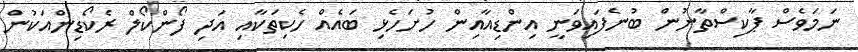
ނަމަވެސް ޕާކިސްތާނުން ބުނެފައިވަނީ އިންޑިއާއިން ހުށަހެޅި ބައެއް ހެކިތަކާއި އަދި ފޯންކޯލް ރެކޯޑިންއަކުން